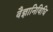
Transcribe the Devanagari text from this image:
वैज्ञानिविधि